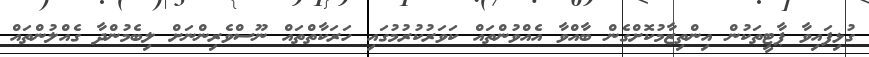
ގުޅިފައިވާ ޕާޓީތަކުން އިންތިޒާމުކޮށްގެން ބާއްވާ އެއްވުންތައް ކަވަރުކުރުމުގައި ހަރަކާތްތައް ނޫސްވެރިންނަށް ލިބެމުންދާ ގެއްލުންތައް